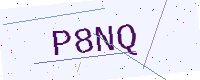
Text: P8NQ